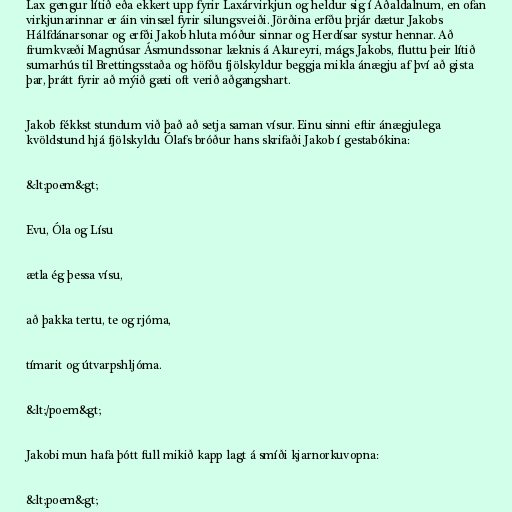
Lax gengur lítið eða ekkert upp fyrir Laxárvirkjun og heldur sig í Aðaldalnum, en ofan
virkjunarinnar er áin vinsæl fyrir silungsveiði. Jörðina erfðu þrjár dætur Jakobs
Hálfdánarsonar og erfði Jakob hluta móður sinnar og Herdísar systur hennar. Að
frumkvæði Magnúsar Ásmundssonar læknis á Akureyri, mágs Jakobs, fluttu þeir lítið
sumarhús til Brettingsstaða og höfðu fjölskyldur beggja mikla ánægju af því að gista
þar, þrátt fyrir að mýið gæti oft verið aðgangshart.

Jakob fékkst stundum við það að setja saman vísur. Einu sinni eftir ánægjulega
kvöldstund hjá fjölskyldu Ólafs bróður hans skrifaði Jakob í gestabókina:

&lt;poem&gt;

Evu, Óla og Lísu

ætla ég þessa vísu,

að þakka tertu, te og rjóma,

tímarit og útvarpshljóma.

&lt;/poem&gt;

Jakobi mun hafa þótt full mikið kapp lagt á smíði kjarnorkuvopna:

&lt;poem&gt;